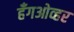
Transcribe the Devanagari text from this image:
हँगओव्हर